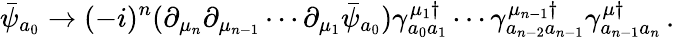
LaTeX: \bar{\psi}_{a_{0}}\rightarrow(-i)^{n}(\partial_{\mu_{n}}\partial_{\mu_{n-1}}\cdots\partial_{\mu_{1}}\bar{\psi}_{a_{0}})\gamma_{a_{0}a_{1}}^{\mu_{1}\dagger}\cdots\gamma_{a_{n-2}a_{n-1}}^{\mu_{n-1}\dagger}\gamma_{a_{n-1}a_{n}}^{\mu\dagger}\, .